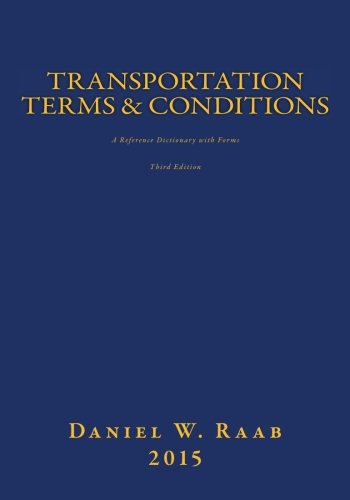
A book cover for Transportation Terms & Conditions: A Reference Dictionary with Forms 3rd Edition; Daniel W. Raab; Law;